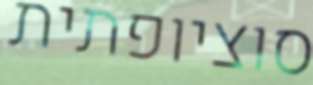
סוציופתית